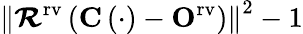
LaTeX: \left\| \mathbfcal{R}^{\mathrm{{rv}}}\left(\mathbf{C}\left(\cdot\right)-\mathbf{O}^{\mathrm{{rv}}}\right)\right\| ^{2}-1